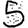
Digit: 5